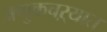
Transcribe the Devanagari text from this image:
अणुकचऱ्यात